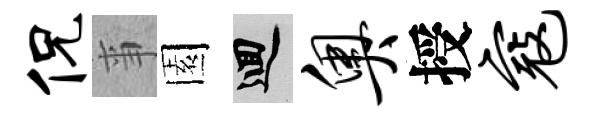
侃亊園回奥授寇